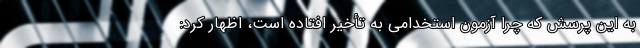
به این پرسش که چرا آزمون استخدامی به تأخیر افتاده است، اظهار کرد: